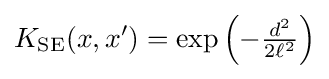
K_{\operatorname {SE} }(x,x')=\exp \left(-{\tfrac {d^{2}}{2\ell ^{2}}}\right)